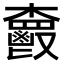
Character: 𩰦